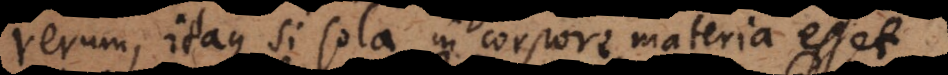
rerum, itaque si sola in corpore materia esset,